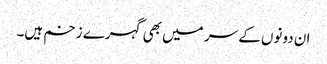
ان دونوں کے سر میں بھی گہرے زخم ہیں۔